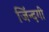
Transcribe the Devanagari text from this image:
जिंन्दगी